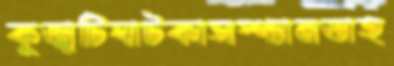
কুজ্ঝটিঘাটকাসস্প্যানডাহ